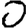
Digit: 0